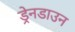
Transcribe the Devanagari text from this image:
ड्रेनडाउन